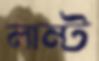
লান্ট